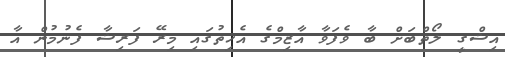
އިޝްގީ ލޯތްބަށް ބާ ވެފަވާ އާޒިމްގެ އެހިތުގައި މިރޭ ފަރިޝާ ފެނުމުން އާ